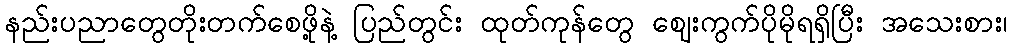
နည်းပညာတွေတိုးတက်စေဖို့နဲ့ ပြည်တွင်း ထုတ်ကုန်တွေ ဈေးကွက်ပိုမိုရရှိပြီး အသေးစား၊